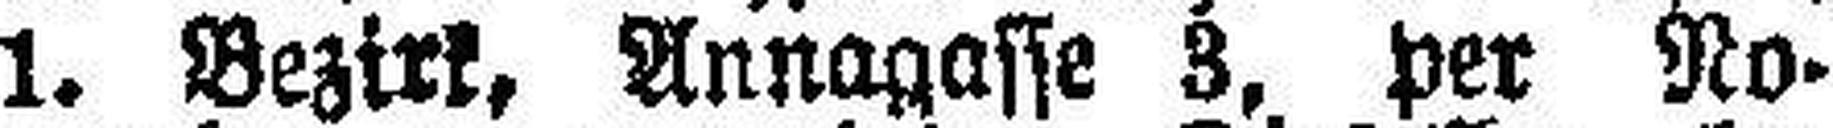
1. Bezirk, Annagasse 3, per No¬